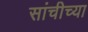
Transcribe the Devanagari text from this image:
सांचीच्या